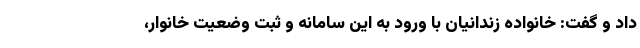
داد و گفت: خانواده زندانیان با ورود به این سامانه و ثبت وضعیت خانوار،